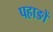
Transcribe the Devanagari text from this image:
पहाङों